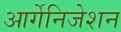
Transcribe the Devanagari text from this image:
आर्गेनिजेशन